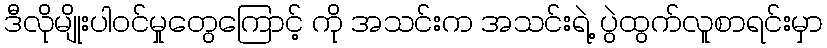
ဒီလိုမျိုးပါဝင်မှုတွေကြောင့် ကို အသင်းက အသင်းရဲ့ ပွဲထွက်လူစာရင်းမှာ